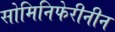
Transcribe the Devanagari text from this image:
सोमिनिफेरीनीन